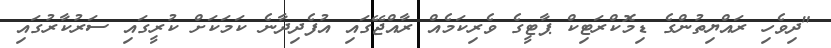
"ދިވެހި ރައްޔިތުންގެ ޑިމޮކްރަޓިކް ޕާޓީގެ ވެރިކަމެއް ރާއްޖޭގައި އުފެދިދާނެ ކަމަކަށް ކުރީގައި ސަރުކާރުގައި